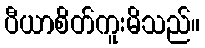
ပီယာစိတ်ကူးမိသည်။